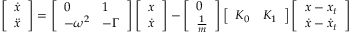
\left[ \begin{array} { l } { \dot { x } } \\ { \ddot { x } } \end{array} \right] = \left[ \begin{array} { l l } { 0 } & { 1 } \\ { - \omega ^ { 2 } } & { - \Gamma } \end{array} \right] \left[ \begin{array} { l } { x } \\ { \dot { x } } \end{array} \right] - \left[ \begin{array} { l } { 0 } \\ { \frac { 1 } { m } } \end{array} \right] \left[ \begin{array} { l l } { K _ { 0 } } & { K _ { 1 } } \end{array} \right] \left[ \begin{array} { l } { x - x _ { t } } \\ { \dot { x } - \dot { x } _ { t } } \end{array} \right]